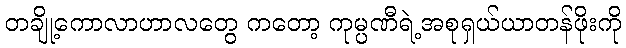
တချို့ကောလာဟာလတွေ ကတော့ ကုမ္ပဏီရဲ့အစုရှယ်ယာတန်ဖိုးကို